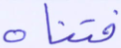
فتناه